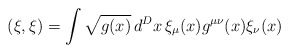
\begin{align*}(\xi, \xi) = \int \sqrt{g(x)}\, d^D x \,\xi_{\mu}(x) g^{\mu\nu}(x) \xi_{\nu} (x)\end{align*}